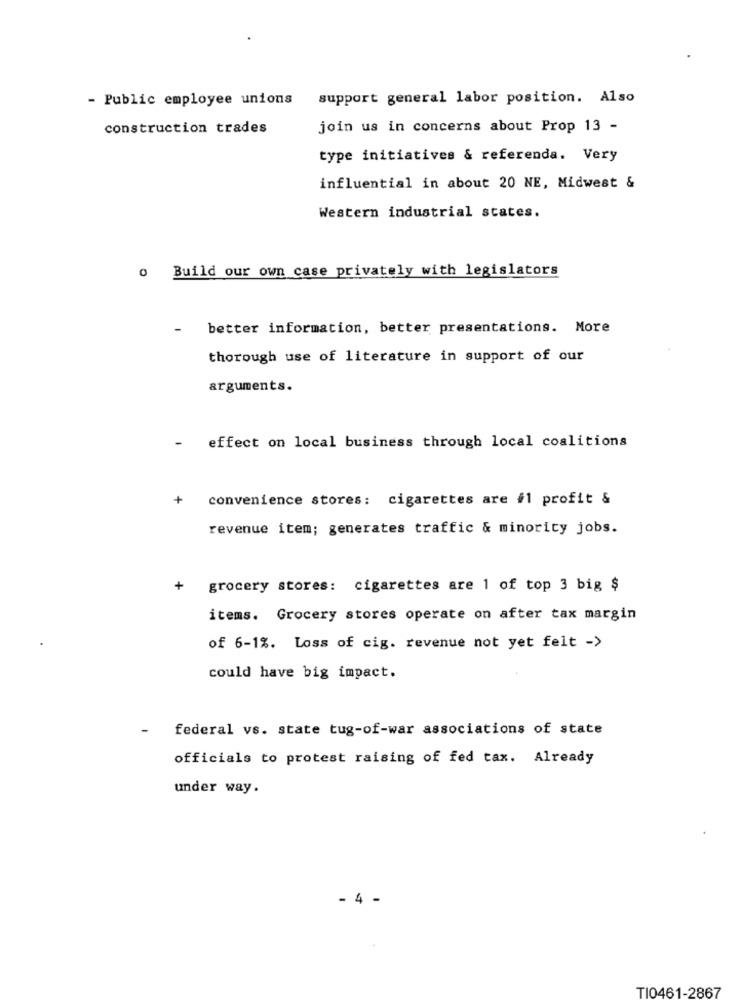
- Public employee unions
support general labor position. Also
construction trades
join us in concerns about Prop 13 -
type initiatives & referenda. Very
influential in about 20 NE, Midwest &
Western industrial states.
o Build our own case privately with legislators
-
better information, better presentations. More
thorough use of literature in support of our
arguments.
-
effect on local business through local coalitions
+
convenience stores: cigarettes are #1 profit &
revenue item; generates traffic & minority jobs.
grocery stores: cigarettes are 1 of top 3 big $
items. Grocery stores operate on after tax margin
of 6-1%. Loss of cig. revenue not yet felt ->
could have big impact.
-
federal vs. state tug-of-war associations of state
officials to protest raising of fed tax. Already
under way.
- 4 -
TI0461-2867